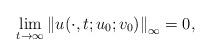
LaTeX: \begin{align*} \lim_{t\to\infty}\left\|u(\cdot,t;u_0;v_0)\right\|_\infty=0, \end{align*}